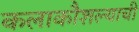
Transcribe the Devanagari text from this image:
कलाकौशल्याची